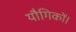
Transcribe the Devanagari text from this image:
यौगिकों।